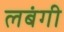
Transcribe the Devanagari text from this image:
लबंगी